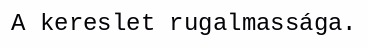
A kereslet rugalmassága.